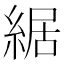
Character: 䋧